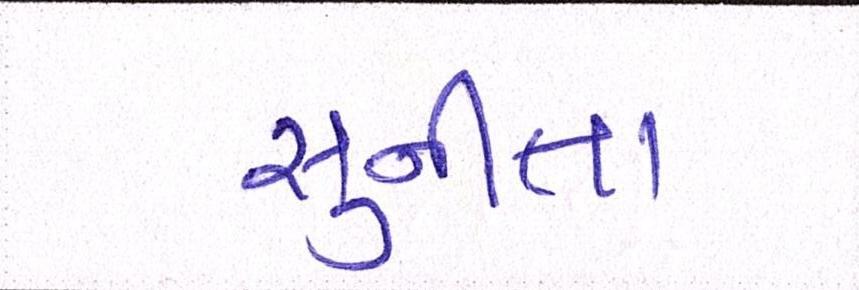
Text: સુનીતા